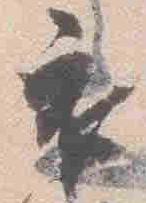
衣